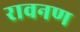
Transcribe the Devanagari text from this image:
रावनण